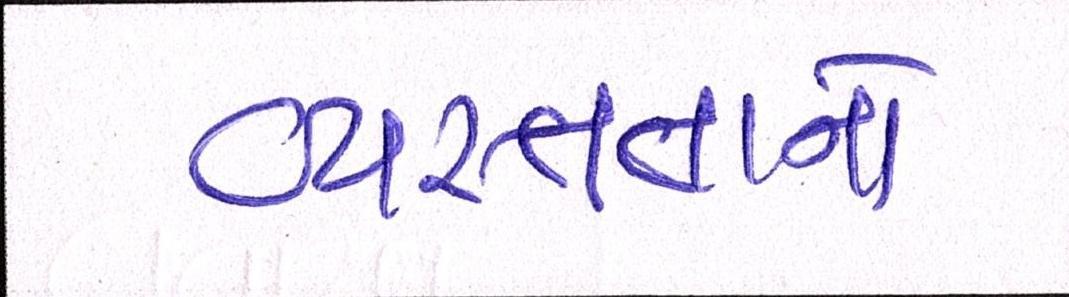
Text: વ્યસ્તતાનો